Indian journal of veterinary science and animal husbandry - Volumes 18-21, 1948-1951
Year: 1948
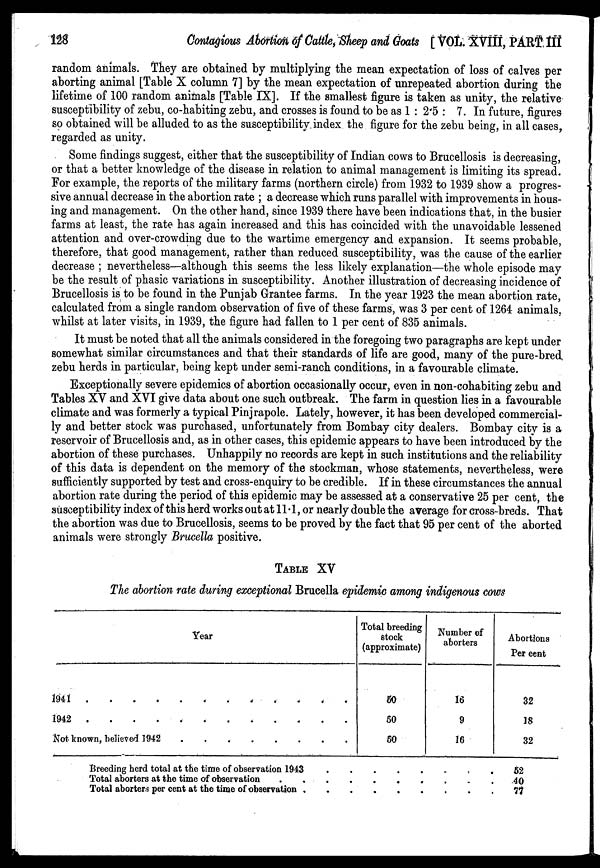
128
Contagious Abortion of Cattle, Sheep and Goats [ VOL. XVIII, PART III
random animals. They are obtained by multiplying the mean expectation of loss of calves per
aborting animal [Table X column 7] by the mean expectation of unrepeated abortion during the
lifetime of 100 random animals [Table IX]. If the smallest figure is taken as unity, the relative
susceptibility of zebu, co-habiting zebu, and crosses is found to be as 1 : 2.5 : 7. In future, figures
so obtained will be alluded to as the susceptibility index the figure for the zebu being, in all cases,
regarded as unity.
Some findings suggest, either that the susceptibility of Indian cows to Brucellosis is decreasing,
or that a better knowledge of the disease in relation to animal management is limiting its spread.
For example, the reports of the military farms (northern circle) from 1932 to 1939 show a progres-
sive annual decrease in the abortion rate ; a decrease which runs parallel with improvements in hous-
ing and management. On the other hand, since 1939 there have been indications that, in the busier
farms at least, the rate has again increased and this has coincided with the unavoidable lessened
attention and over-crowding due to the wartime emergency and expansion. It seems probable,
therefore, that good management, rather than reduced susceptibility, was the cause of the earlier
decrease ; nevertheless—although this seems the less likely explanation—the whole episode may
be the result of phasic variations in susceptibility. Another illustration of decreasing incidence of
Brucellosis is to be found in the Punjab Grantee farms. In the year 1923 the mean abortion rate,
calculated from a single random observation of five of these farms, was 3 per cent of 1264 animals,
whilst at later visits, in 1939, the figure had fallen to 1 per cent of 835 animals.
It must be noted that all the animals considered in the foregoing two paragraphs are kept under
somewhat similar circumstances and that their standards of life are good, many of the pure-bred
zebu herds in particular, being kept under semi-ranch conditions, in a favourable climate.
Exceptionally severe epidemics of abortion occasionally occur, even in non-cohabiting zebu and
Tables XV and XVI give data about one such outbreak. The farm in question lies in a favourable
climate and was formerly a typical Pinjrapole. Lately, however, it has been developed commercial-
ly and better stock was purchased, unfortunately from Bombay city dealers. Bombay city is a
reservoir of Brucellosis and, as in other cases, this epidemic appears to have been introduced by the
abortion of these purchases. Unhappily no records are kept in such institutions and the reliability
of this data is dependent on the memory of the stockman, whose statements, nevertheless, were
sufficiently supported by test and cross-enquiry to be credible. If in these circumstances the annual
abortion rate during the period of this epidemic may be assessed at a conservative 25 per cent, the
susceptibility index of this herd works out at 11.1, or nearly double the average for cross-breds. That
the abortion was due to Brucellosis, seems to be proved by the fact that 95 per cent of the aborted
animals were strongly Brucella positive.
TABLE XV
The abortion rate during exceptional Brucella epidemic among indigenous cows
Year
1941 . . . . . . . . . . . .
1942
.
.
.
.
.
.
.
.
.
.
.
.
Not known, believed 1942 . . . . . . . .
Total breeding
stock
(approximate)
50
50
50
Number of
aborters
16
9
16
Abortions
Per cent
32
18
32
Breeding herd total at the time of observation 1943
.
.
.
.
.
.
.
.
Total aborters at the time of observation . . . . . . . . . . .
Total aborters per cent at the time of observation . . . . . . . . . .
52
40
77